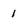
Character: 1